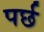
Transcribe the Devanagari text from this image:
पर्छ